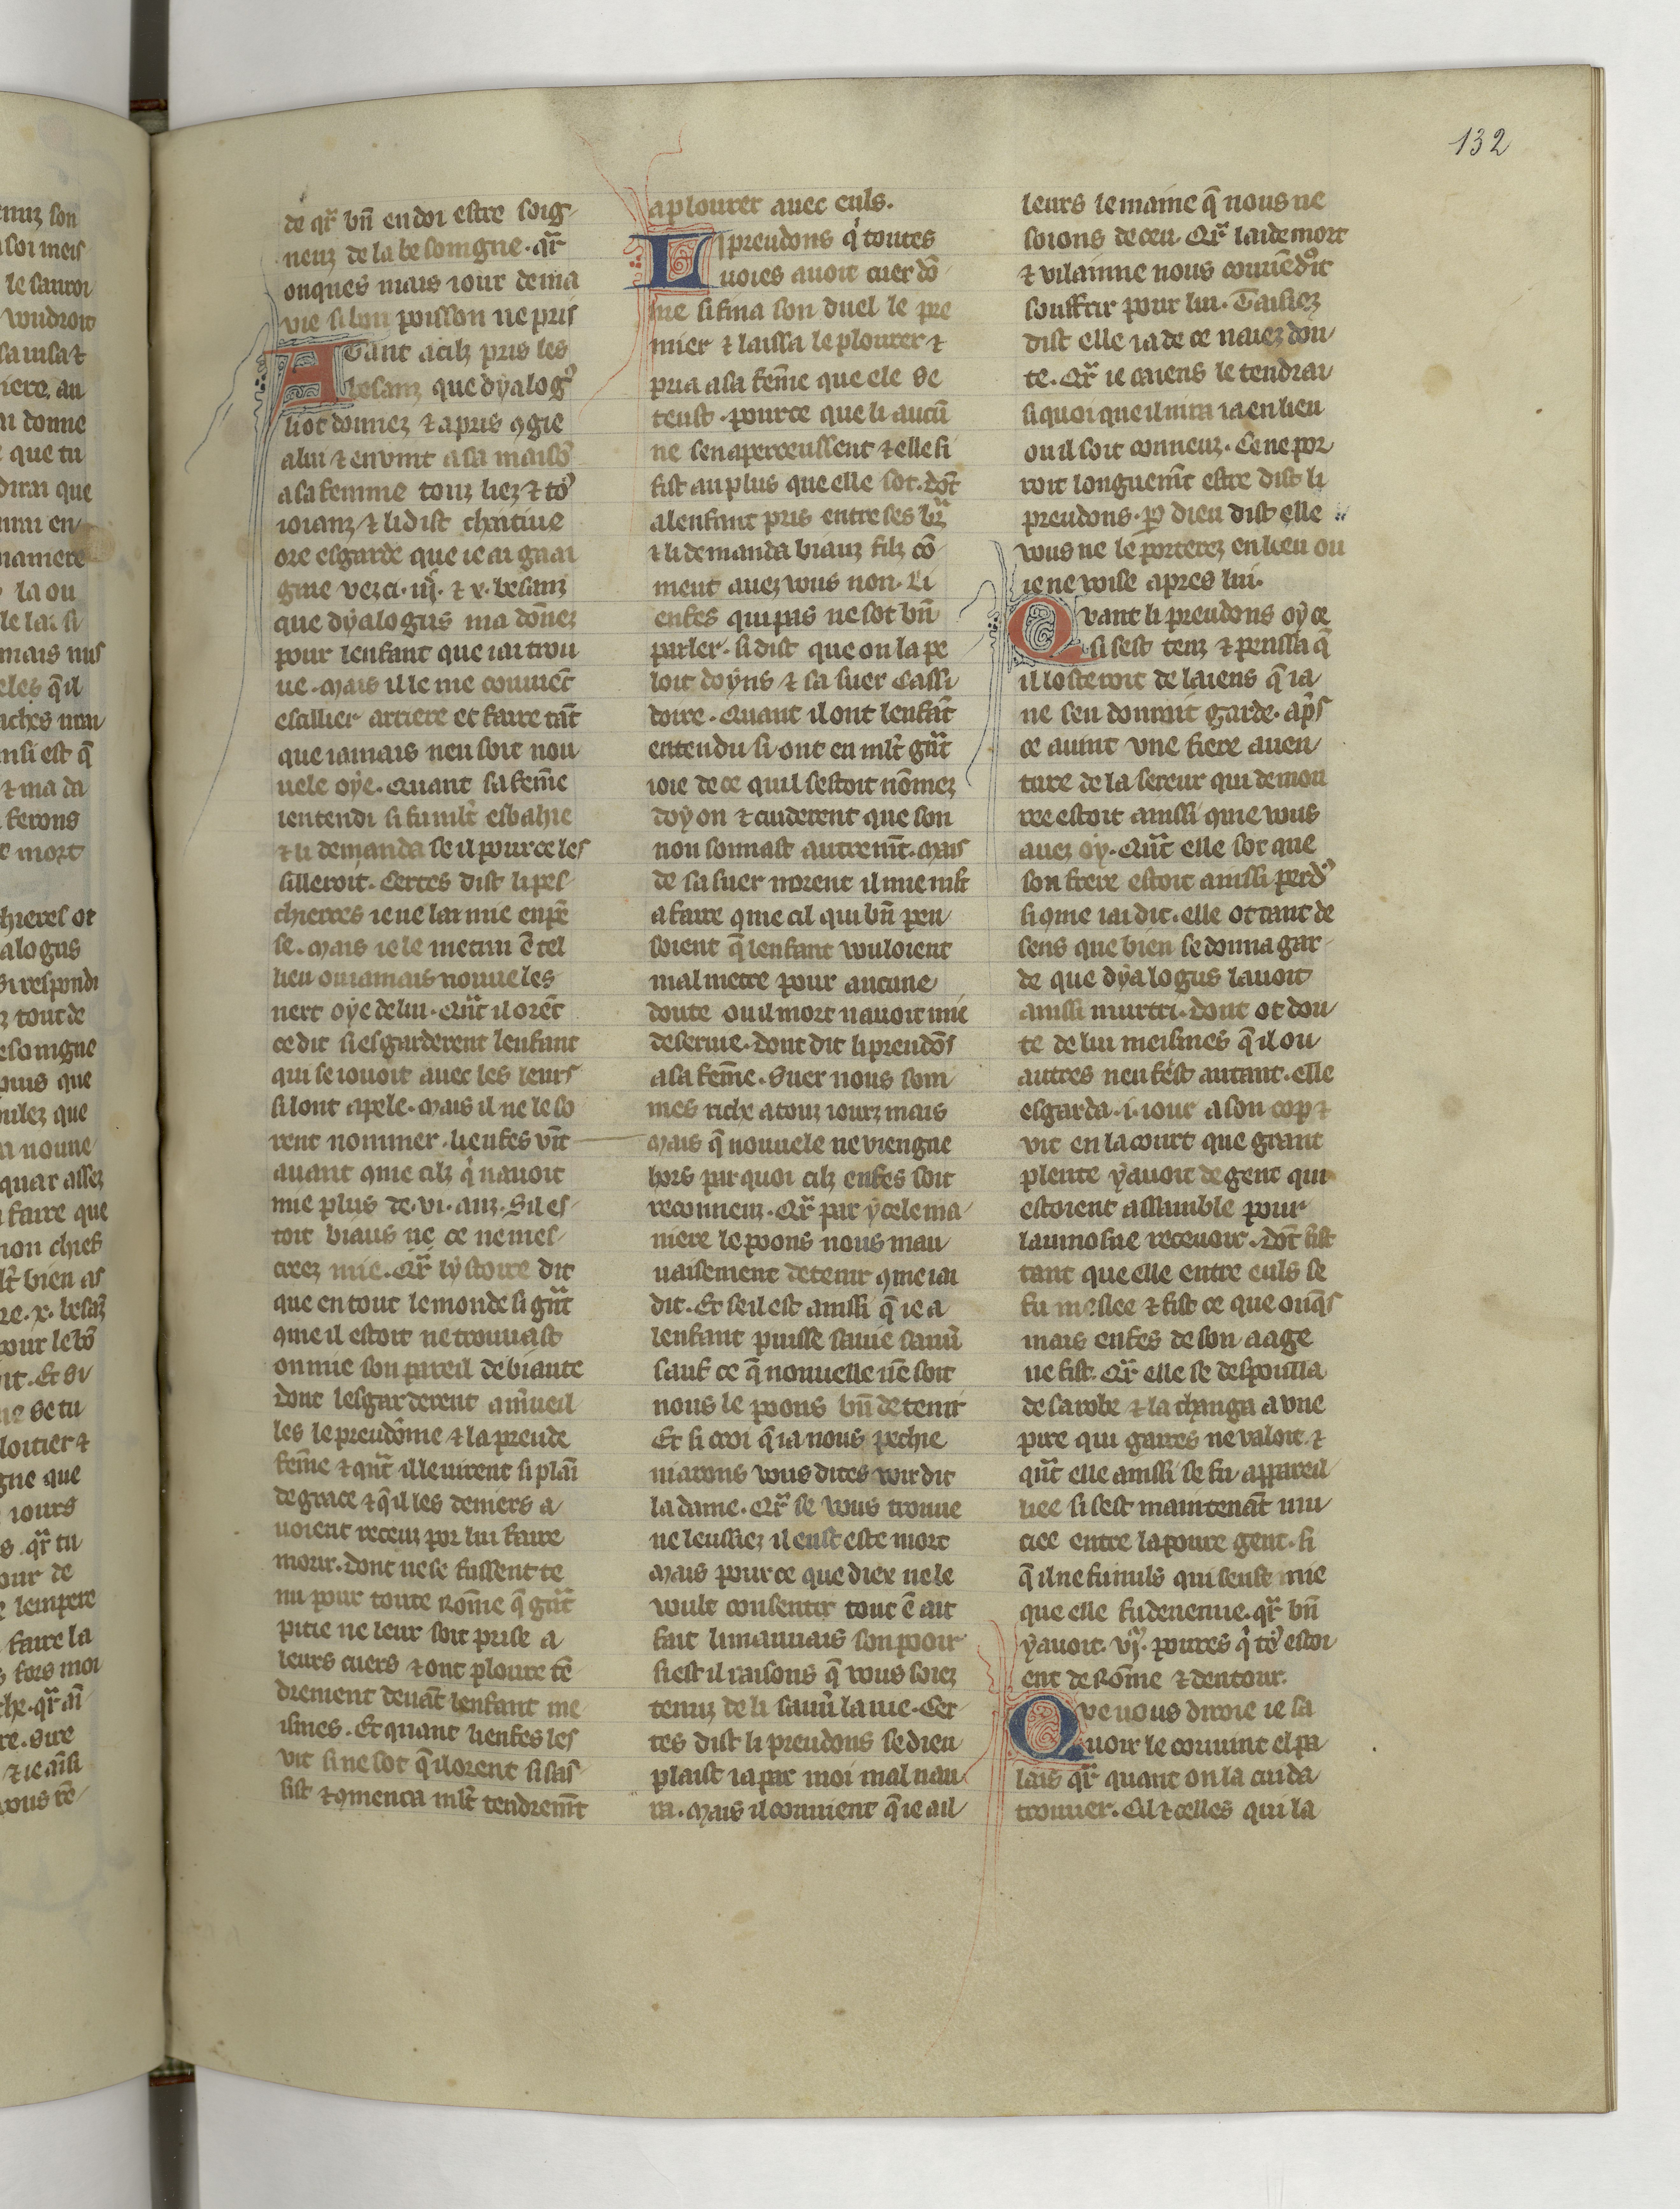
Shelfmark: Paris, BnF, fr. 22549
Century: 14